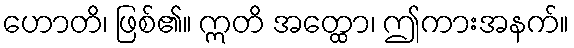
ဟောတိ၊ ဖြစ်၏။ ဣတိ အတ္ထော၊ ဤကားအနက်။